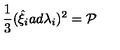
\frac { 1 } { 3 } ( { \hat { \xi } } _ { i } a d { \lambda } _ { i } ) ^ { 2 } = { \cal P }